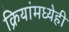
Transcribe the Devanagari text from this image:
क्रियांमध्येही